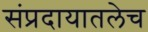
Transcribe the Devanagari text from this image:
संप्रदायातलेच